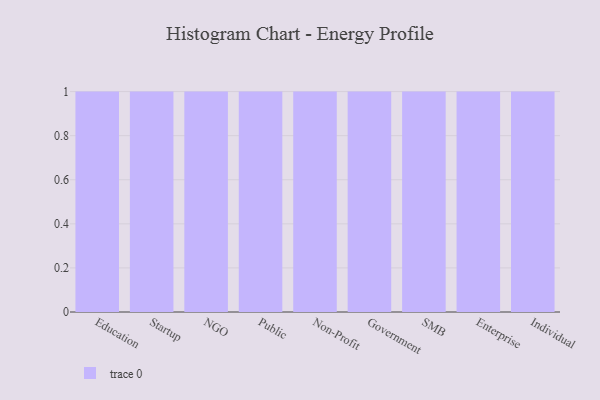
{"axis": {"x": "Segment", "y": "Market Share (%)"}, "legend": [""], "data": [{"x": "Education", "y": 56, "type": ""}, {"x": "Startup", "y": 24, "type": ""}, {"x": "NGO", "y": 48, "type": ""}, {"x": "Public", "y": 78, "type": ""}, {"x": "Non-Profit", "y": 57, "type": ""}, {"x": "Government", "y": 12, "type": ""}, {"x": "SMB", "y": 77, "type": ""}, {"x": "Enterprise", "y": 54, "type": ""}, {"x": "Individual", "y": 28, "type": ""}]}